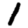
Digit: 1